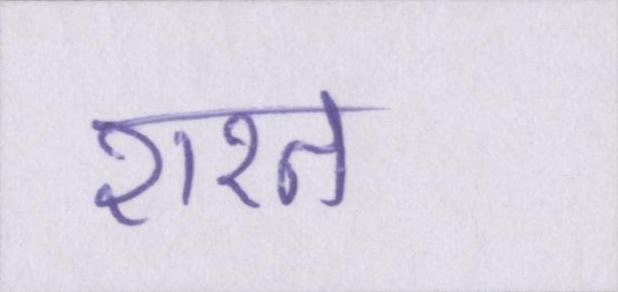
शरत